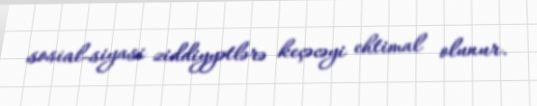
sosial-siyasi ziddiyyətlərə keçəcəyi ehtimal olunur.